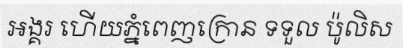
អង្គរ ហើយភ្នំពេញក្រោន ទទួល ប៉ូលិស